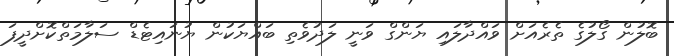
ބޮލުން ގޯލުގެ ތެރެއަށް ވައްދާލައި ޔަންގް ވަނީ ލަދުވެތި ބައްޔަކުން ޔުނައިޓެޑް ސަލާމަތްކޮށްދީފަ